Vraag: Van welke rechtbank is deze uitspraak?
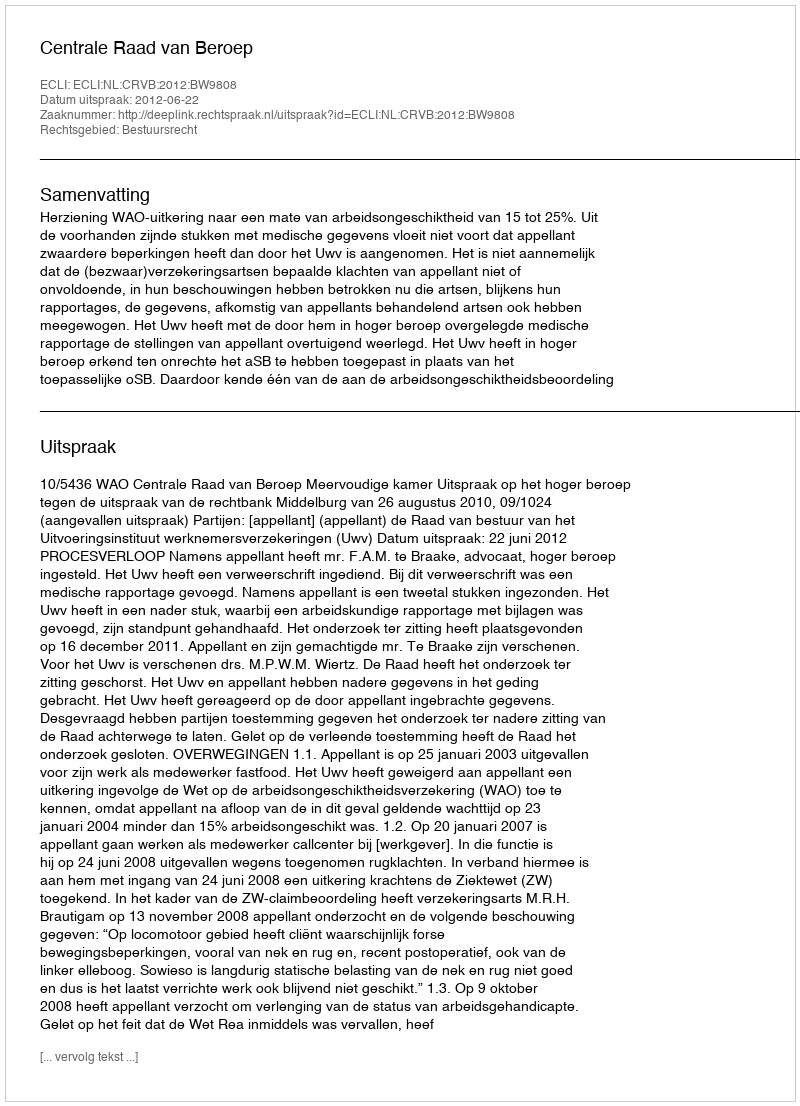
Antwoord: Centrale Raad van Beroep